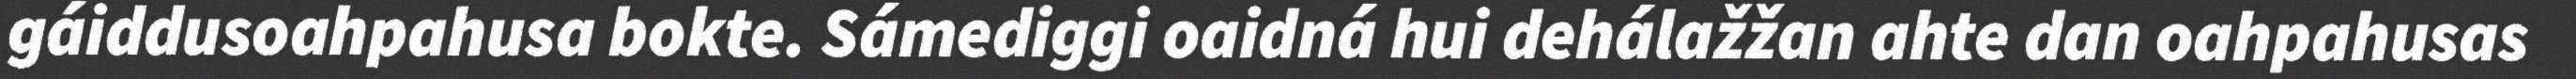
gáiddusoahpahusa bokte. Sámediggi oaidná hui dehálažžan ahte dan oahpahusas